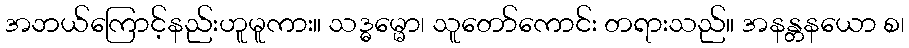
အဘယ်ကြောင့်နည်းဟူမူကား။ သဒ္ဓမ္မော၊ သူတော်ကောင်း တရားသည်။ အနန္တနယော စ၊